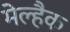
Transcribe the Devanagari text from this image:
मेल्हैक